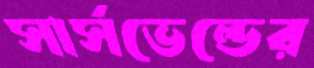
সার্সভেল্ডের